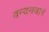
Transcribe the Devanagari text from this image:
वन्‍दनवार